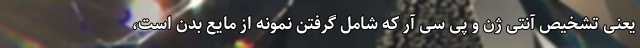
یعنی تشخیص آنتی ژن و پی سی آر که شامل گرفتن نمونه از مایع بدن است،